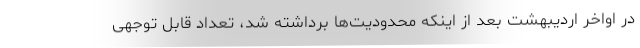
در اواخر اردیبهشت بعد از اینکه محدودیت‌ها برداشته شد، تعداد قابل توجهی